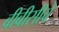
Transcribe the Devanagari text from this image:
बीबीसीचे